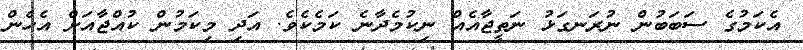
އެކަމުގެ ސަބަބުން ނުރަނގަޅު ނަތީޖާއެއް ނިކުމެދާނެ ކަމެކެވެ. އަދި މިކަމުން ކުއްޖާއަށް އެހެން